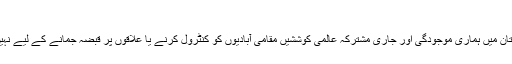
​
افغانستان ميں ہماری موجودگی اور جاری مشترکہ عالمی کوششيں مقامی آباديوں کو کنٹرول کرنے يا علاقوں پر قبضہ جمانے کے ليے نہيں ہيں۔